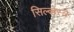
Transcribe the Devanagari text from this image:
सिल्व्हेस्त्रे